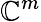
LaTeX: \mathbb{C}^{m}